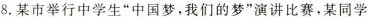
8.某市举行中学生”中国梦，我们的梦”演讲比赛，某同学